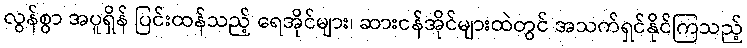
လွန်စွာ အပူရှိန် ပြင်းထန်သည့် ရေအိုင်များ၊ ဆားငန်အိုင်များထဲတွင် အသက်ရှင်နိုင်ကြသည့်